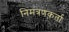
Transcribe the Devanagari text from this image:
निमंत्रणकर्ता